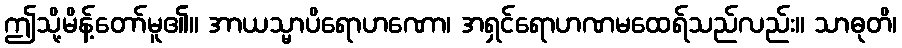
ဤသို့မိန့်တော်မူ၏။ အာယသ္မာပိရောဟဏော၊ အရှင်ရောဟဏမထေရ်သည်လည်း။ သာဓုတိ၊